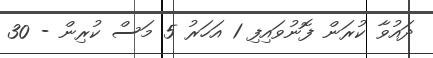
ދައުވާ ކުރަން ފޮނުވައިފި 1 އަހަރު 5 މަސް ކުރިން - 30